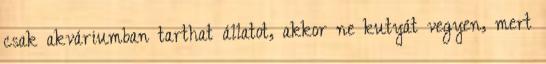
csak akváriumban tarthat állatot, akkor ne kutyát vegyen, mert